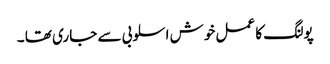
پولنگ کا عمل خوش اسلوبی سے جاری تھا ۔